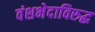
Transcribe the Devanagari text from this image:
वंशभेदाविरुद्ध